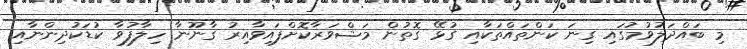
މި ބައްދަލުވުމުގައި ގިނަ ކަންތައްތަކާއި ގުޅޭ ގޮތުން މަޝްވަރާކޮށްފައިވާއިރު ގާނޫނާ ހިލާފުވާ ކުޑަކުދިންނާއި